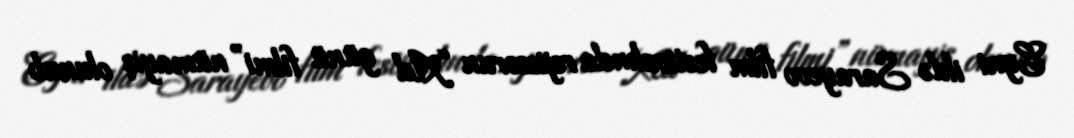
Eyni ildə Sarayevo film festivalında rejissorun “Ad günü filmi” nümayiş olunub